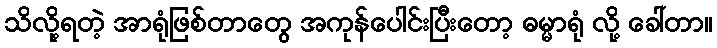
သိလို့ရတဲ့ အာရုံဖြစ်တာတွေ အကုန်ပေါင်းပြီးတော့ ဓမ္မာရုံ လို့ ခေါ်တာ။